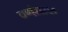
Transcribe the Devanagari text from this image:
वर्णसदृश